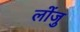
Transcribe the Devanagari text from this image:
लोंजु